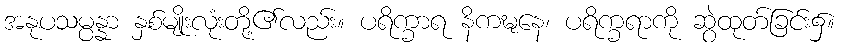
အနုပသမ္ပန္နာ နှစ်မျိုးလုံးတို့၏လည်း။ ပရိက္ခာရ နိကဍ္ဎနေ၊ ပရိက္ခရာကို ဆွဲထုတ်ခြင်း၌။